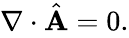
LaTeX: \begin{array}{r}{{\mathbf\nabla}\cdot\hat{\mathbf A}=0.}\end{array}